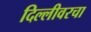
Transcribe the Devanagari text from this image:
दिल्लीवरचा